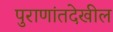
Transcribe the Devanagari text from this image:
पुराणांतदेखील